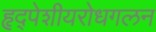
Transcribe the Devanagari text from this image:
हृद्‌पेशीयरोधगलन